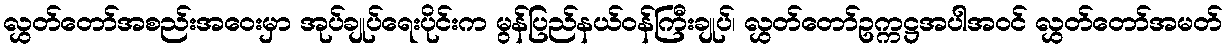
လွှတ်တော်အစည်းအဝေးမှာ အုပ်ချုပ်ရေးပိုင်းက မွန်ပြည်နယ်ဝန်ကြီးချုပ်၊ လွှတ်တော်ဥက္ကဋ္ဌအပါအဝင် လွှတ်တော်အမတ်